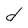
Character: d